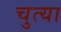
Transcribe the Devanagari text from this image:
चुत्या